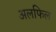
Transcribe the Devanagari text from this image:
अलफिल